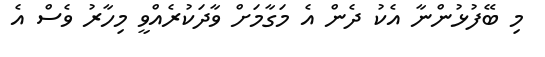
މި ބޭފުޅުންނާ އެކު ދެން އެ މަގާމަށް ވާދަކުރެއްވީ މިހާރު ވެސް އެ